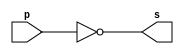
// -------------------------
// Exemplo0002 - NOT
// Nome: Wadson Gomes Ferreira
// -------------------------
// -------------------------
// -- not gate
// -------------------------
module notgate (output s,input p);
assign s = ~p;
endmodule // notgate
// -------------------------
// -- test not gate
// -------------------------
module testnotgate;
// ------------------------- dados locais
reg a; // definir registrador
// (variavel independente)
wire s; // definir conexao (fio)
// (variavel dependente )
// ------------------------- instancia
notgate NOT1 (s, a);
// ------------------------- preparacao
initial begin:start
a=0;
end
// ------------------------- parte principal
initial begin
$display("Exemplo0002 - Wadson Gomes Ferreira - 460631");
$display("Test NOT gate");
$display("\n~a = s\n");
a=0;
#1 $display("~%b = %b", a, s);
a=1;
#1 $display("~%b = %b", a, s);
end
endmodule // testnotgate